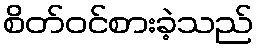
စိတ်ဝင်စားခဲ့သည်